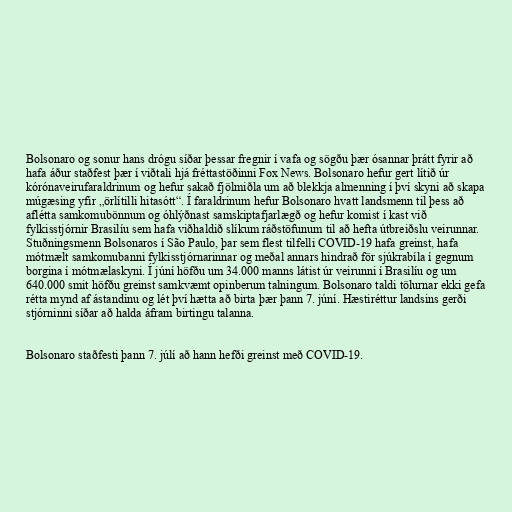
Bolsonaro og sonur hans drógu síðar þessar fregnir í vafa og sögðu þær ósannar þrátt fyrir að
hafa áður staðfest þær í viðtali hjá fréttastöðinni Fox News. Bolsonaro hefur gert lítið úr
kórónaveirufaraldrinum og hefur sakað fjölmiðla um að blekkja almenning í því skyni að skapa
múgæsing yfir „örlítilli hitasótt“. Í faraldrinum hefur Bolsonaro hvatt landsmenn til þess að
aflétta samkomubönnum og óhlýðnast samskiptafjarlægð og hefur komist í kast við
fylkisstjórnir Brasilíu sem hafa viðhaldið slíkum ráðstöfunum til að hefta útbreiðslu veirunnar.
Stuðningsmenn Bolsonaros í São Paulo, þar sem flest tilfelli COVID-19 hafa greinst, hafa
mótmælt samkomubanni fylkisstjórnarinnar og meðal annars hindrað för sjúkrabíla í gegnum
borgina í mótmælaskyni. Í júní höfðu um 34.000 manns látist úr veirunni í Brasilíu og um
640.000 smit höfðu greinst samkvæmt opinberum talningum. Bolsonaro taldi tölurnar ekki gefa
rétta mynd af ástandinu og lét því hætta að birta þær þann 7. júní. Hæstiréttur landsins gerði
stjórninni síðar að halda áfram birtingu talanna.

Bolsonaro staðfesti þann 7. júlí að hann hefði greinst með COVID-19.